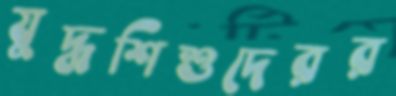
যুদ্ধশিশুদেরর